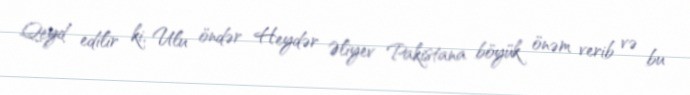
Qeyd edilir ki, Ulu öndər Heydər Əliyev Pakistana böyük önəm verib və bu